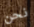
نحن